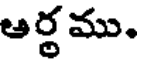
ఆర్థము.